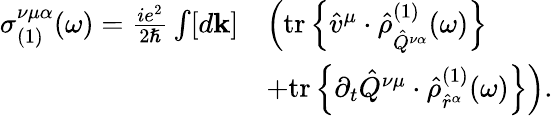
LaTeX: \begin{array}{rl}{\sigma_{(1)}^{\nu\mu\alpha}(\omega)=\frac{ie^{2}}{2\hslash}\int[d\mathbf{k}]}&{\left(\mathrm{tr}\left\{ \hat{v}^{\mu}\cdot\hat{\rho}_{\hat{Q}^{\nu\alpha}}^{(1)}(\omega)\right\} \right.}\\ &{\left.+\mathrm{tr}\left\{ \partial_{t}\hat{Q}^{\nu\mu}\cdot\hat{\rho}_{\hat{r}^{\alpha}}^{(1)}(\omega)\right\} \right)\mathrm{.}}\end{array}